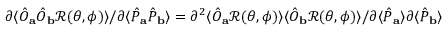
\partial \langle \hat { { O } } _ { \mathbf { a } } \hat { { O } } _ { \mathbf { b } } \mathcal { R } ( \theta , \phi ) \rangle / \partial \langle \hat { { P } } _ { \mathbf { a } } \hat { { P } } _ { \mathbf { b } } \rangle = \partial ^ { 2 } \langle \hat { { O } } _ { \mathbf { a } } \mathcal { R } ( \theta , \phi ) \rangle \langle \hat { { O } } _ { \mathbf { b } } \mathcal { R } ( \theta , \phi ) \rangle / \partial \langle \hat { { P } } _ { \mathbf { a } } \rangle \partial \langle \hat { { P } } _ { \mathbf { b } } \rangle